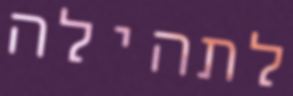
לתהילה